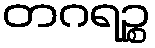
တဂရဉ္စ